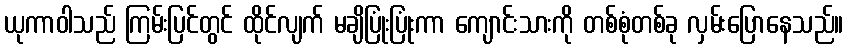
ယုကာဝါသည် ကြမ်းပြင်တွင် ထိုင်လျက် မချိပြုံးပြုံးကာ ကျောင်းသားကို တစ်စုံတစ်ခု လှမ်းပြောနေသည်။